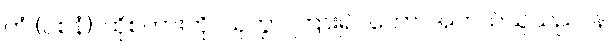
တံ (ဝစနံ)၊ ထိုစကားကို။ သုတွာ၊ ကြား၍။ ကော၊ အဘယ်သူသည်။ န